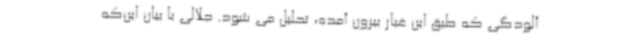
آلودگی که طبق این غبار بیرون آمده، تحلیل می ‌شود. جلالی با بیان این‌که